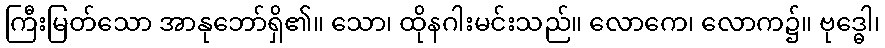
ကြီးမြတ်သော အာနုဘော်ရှိ၏။ သော၊ ထိုနဂါးမင်းသည်။ လောကေ၊ လောက၌။ ဗုဒ္ဓေါ၊